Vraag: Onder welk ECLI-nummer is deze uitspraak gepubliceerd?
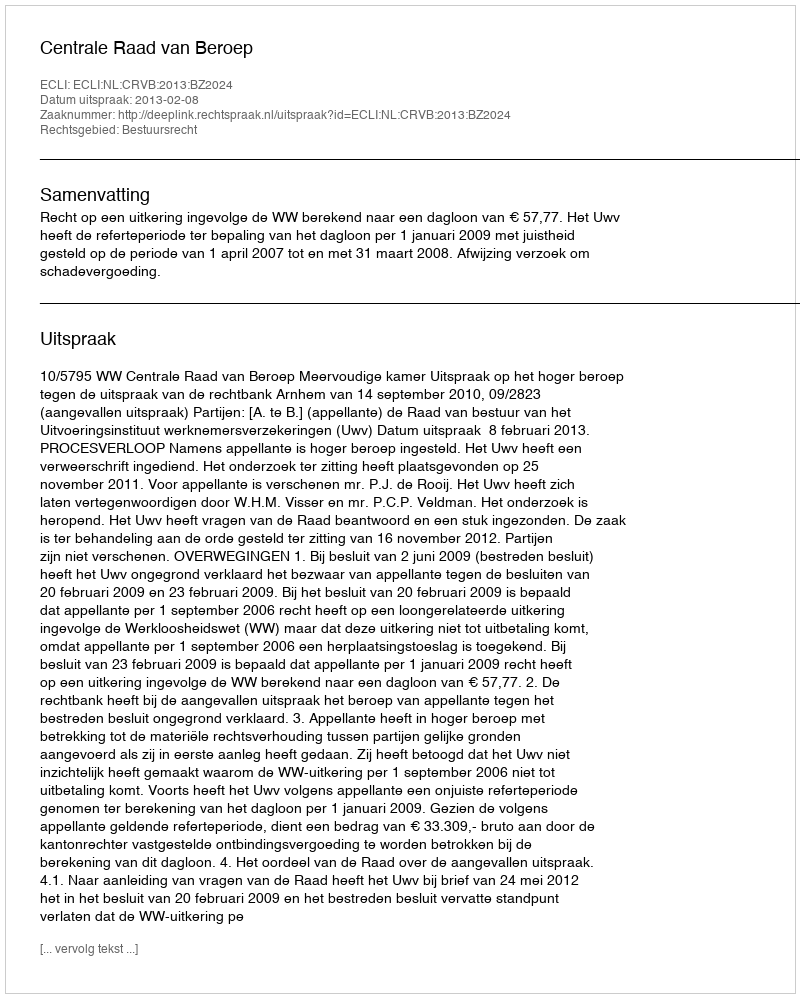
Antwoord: ECLI:NL:CRVB:2013:BZ2024